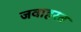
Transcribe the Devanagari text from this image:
जवाहरत